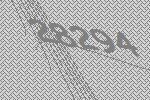
28294